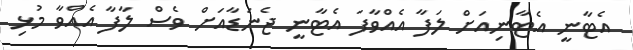
އެޓާނީ އެޓާނިއަށް ލަފާ އެއްވާފަ އެޓާނީ ޖެނަޑާއަށް ވެސް ލާފާ އެއްވާ މުޅި